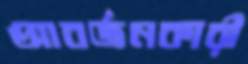
আবর্জনকারী